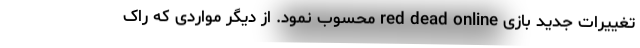
تغییرات جدید بازی red dead online محسوب نمود. از دیگر مواردی که راک